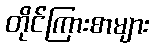
တိုင်ကြားစာများ